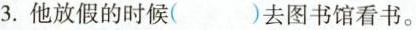
3.他放假的时候（ ）去图书馆看书。